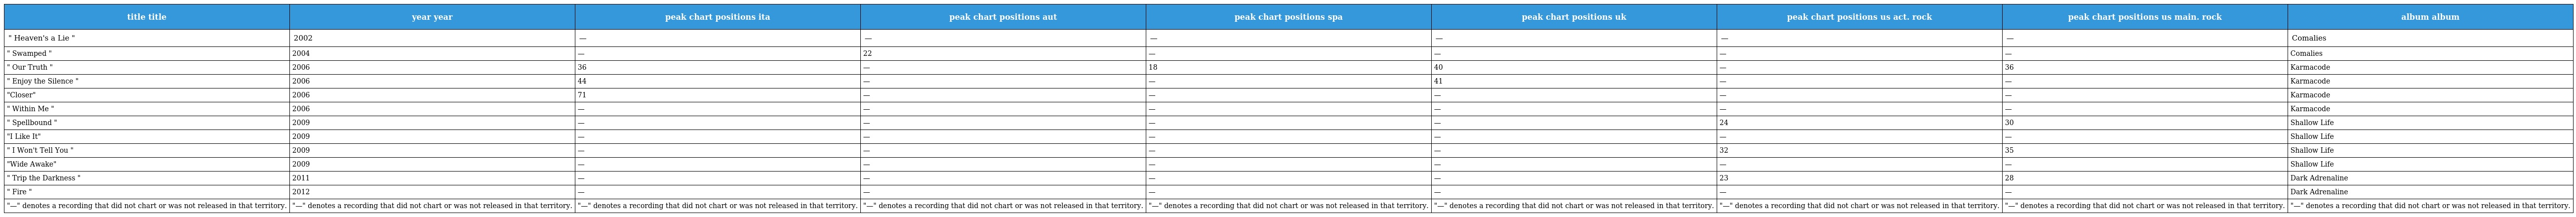
| title title | year year | peak chart positions ita | peak chart positions aut | peak chart positions spa | peak chart positions uk | peak chart positions us act. rock | peak chart positions us main. rock | album album |
 | --- | --- | --- | --- | --- | --- | --- | --- | --- |
 | " Heaven's a Lie " | 2002 | — | — | — | — | — | — | Comalies |
 | " Swamped " | 2004 | — | 22 | — | — | — | — | Comalies |
 | " Our Truth " | 2006 | 36 | — | 18 | 40 | — | 36 | Karmacode |
 | " Enjoy the Silence " | 2006 | 44 | — | — | 41 | — | — | Karmacode |
 | "Closer" | 2006 | 71 | — | — | — | — | — | Karmacode |
 | " Within Me " | 2006 | — | — | — | — | — | — | Karmacode |
 | " Spellbound " | 2009 | — | — | — | — | 24 | 30 | Shallow Life |
 | "I Like It" | 2009 | — | — | — | — | — | — | Shallow Life |
 | " I Won't Tell You " | 2009 | — | — | — | — | 32 | 35 | Shallow Life |
 | "Wide Awake" | 2009 | — | — | — | — | — | — | Shallow Life |
 | " Trip the Darkness " | 2011 | — | — | — | — | 23 | 28 | Dark Adrenaline |
 | " Fire " | 2012 | — | — | — | — | — | — | Dark Adrenaline |
 | "—" denotes a recording that did not chart or was not released in that territory. | "—" denotes a recording that did not chart or was not released in that territory. | "—" denotes a recording that did not chart or was not released in that territory. | "—" denotes a recording that did not chart or was not released in that territory. | "—" denotes a recording that did not chart or was not released in that territory. | "—" denotes a recording that did not chart or was not released in that territory. | "—" denotes a recording that did not chart or was not released in that territory. | "—" denotes a recording that did not chart or was not released in that territory. | "—" denotes a recording that did not chart or was not released in that territory. |